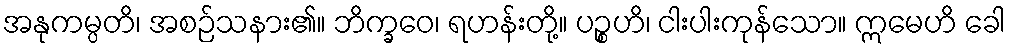
အနုကမ္ပတိ၊ အစဉ်သနား၏။ ဘိက္ခဝေ၊ ရဟန်းတို့။ ပဉ္စဟိ၊ ငါးပါးကုန်သော။ ဣမေဟိ ခေါ